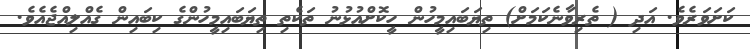
ކަށަވަރެވެ. އަދި ( ތެރިވާނެކަމަށް) ތިޔަބައިމީހުން ހީކޮށްއުޅުނު ތަކެތި ތިޔަބައިމީހުންގެ ކިބައިން ގެއްލިއްޖެއެވެ.